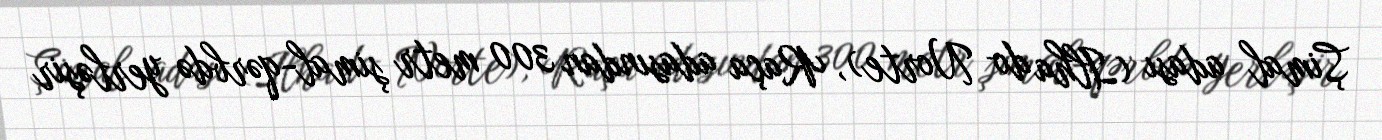
Şimal adası (Ilha do Norte), Raça adasından 300 metr şimal-qərbdə yerləşir